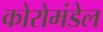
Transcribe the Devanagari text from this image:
कोरोमंडेल